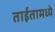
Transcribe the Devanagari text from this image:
ताईतामध्ये